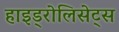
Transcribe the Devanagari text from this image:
हाइड्रोलिसेट्स